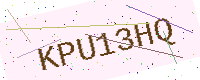
Text: KPU13HQ